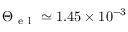
\Theta _ { \mathrm { ~ e ~ l ~ } } \simeq 1 . 4 5 \times 1 0 ^ { - 3 }